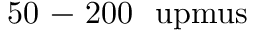
5 0 \mathrm { ~ - ~ } 2 0 0 ~ \mathrm { \ u p m u s }